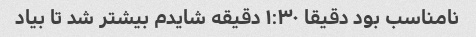
نامناسب بود دقیقا ۱:۳۰ دقیقه شایدم بیشتر شد تا بیاد